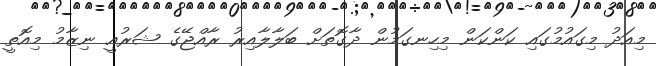
މިއަދު މިގައުމުގައި ކަންކަން މިހިނގަމުން ދާގޮތަށް ބަލާލާއިރު ރާއްޖޭގެ ޝަރުއީ ނިޒާމު މިއޮތީ